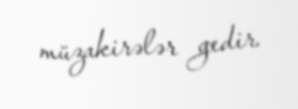
müzakirələr gedir.